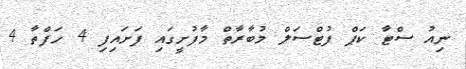
ނިއު ސްޓާ ކަޕް ފުޓްސަލް މުބާރާތް މާފުށީގައި ފަށައިފި 4 ހަފްތާ 4